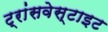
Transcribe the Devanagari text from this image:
ट्रांसवेस्टाइट